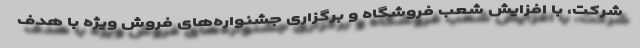
شرکت، با افزایش شعب فروشگاه و برگزاری جشنواره‌های فروش ویژه با هدف